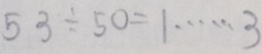
5 3 \div 5 0 = 1 \cdots 3